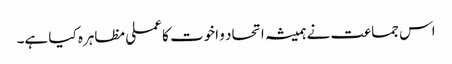
اس جماعت نے ہمیشہ اتحاد و اخوت کا عملی مظاہرہ کیا ہے۔